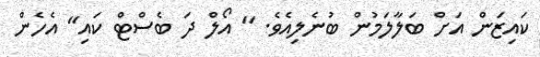
ކައިޒަން އަށް ބަލާލަމުން ބުނެލިއެވެ. " އޯލް ދަ ބެސްޓް ކައި" އެހެން